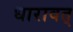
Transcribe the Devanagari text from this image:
धारावत्‌